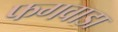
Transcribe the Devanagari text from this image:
फगवाडा